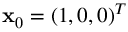
\mathbf { x } _ { 0 } = \left( 1 , 0 , 0 \right) ^ { T }